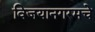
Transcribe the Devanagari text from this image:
विजयानगरमचे